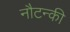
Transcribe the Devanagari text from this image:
नौटन्की